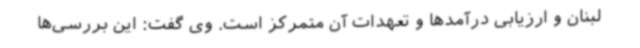
لبنان و ارزیابی درآمدها و تعهدات آن متمرکز است. وی گفت: این بررسی‌ها